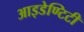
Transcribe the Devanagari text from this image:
आइडेण्टिटी